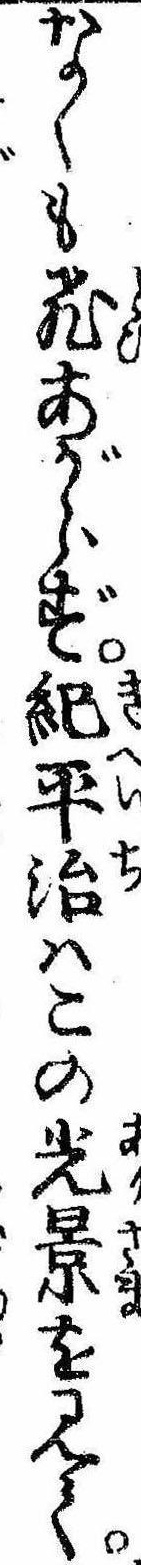
なくも飛あがらず紀平治はこの光景を見て